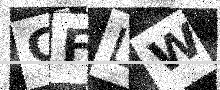
Text: CFLW